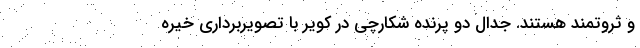
و ثروتمند هستند. جدال دو پرنده شکارچی در کویر با تصویربرداری خیره